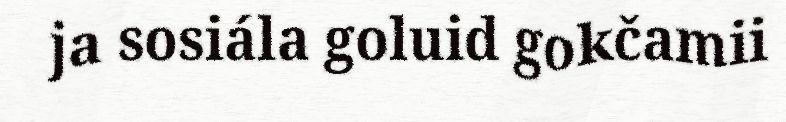
ja sosiála goluid gokčamii